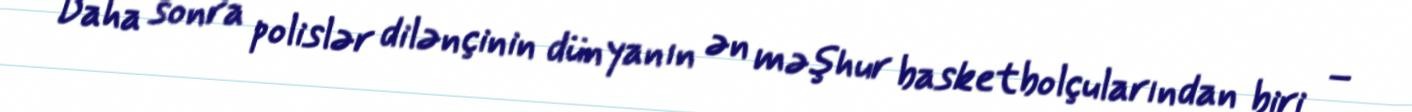
Daha sonra polislər dilənçinin dünyanın ən məşhur basketbolçularından biri –